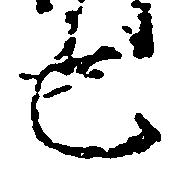
也